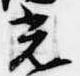
光